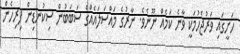
ހަށީގައި ވަރުޖެހުމަކީ ވާނެ ކަމެއް ނޫނެވެ. ނާރުގެ މައްސަލައެއްގެ ސަބަބުން ސިކުނޑިން ފިރިހެން